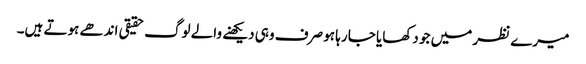
میرے نظر میں جو دکھایا جا رہا ہو صرف وہی دیکھنے والے لوگ حقیقی اندھے ہوتے ہیں۔